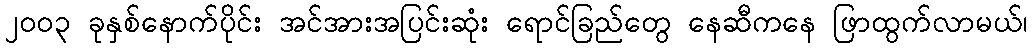
၂ဝဝ၃ ခုနှစ်နောက်ပိုင်း အင်အားအပြင်းဆုံး ရောင်ခြည်တွေ နေဆီကနေ ဖြာထွက်လာမယ်၊